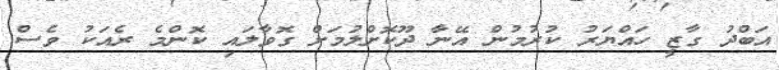
އަބްދު ގާޒީ ހައްޔަރު ކުރުމުން އޭނާ ދޫކޮށްލުމަށް ގޮވާލައި ކޮންމެ ރެއަކު ވެސް